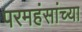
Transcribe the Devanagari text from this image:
परमहंसांच्या